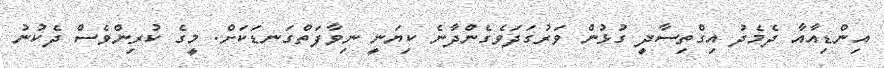
އިންޑިއާއާ ދެމެދު އިގްތިސާދީ ގުޅުން ވަރުގަދަވެގެންދާނެ ކިޔަނީ ނިވާފަތްގަނޑަކަށް. މީގެ ކުރިންވެސް ދެކުނު